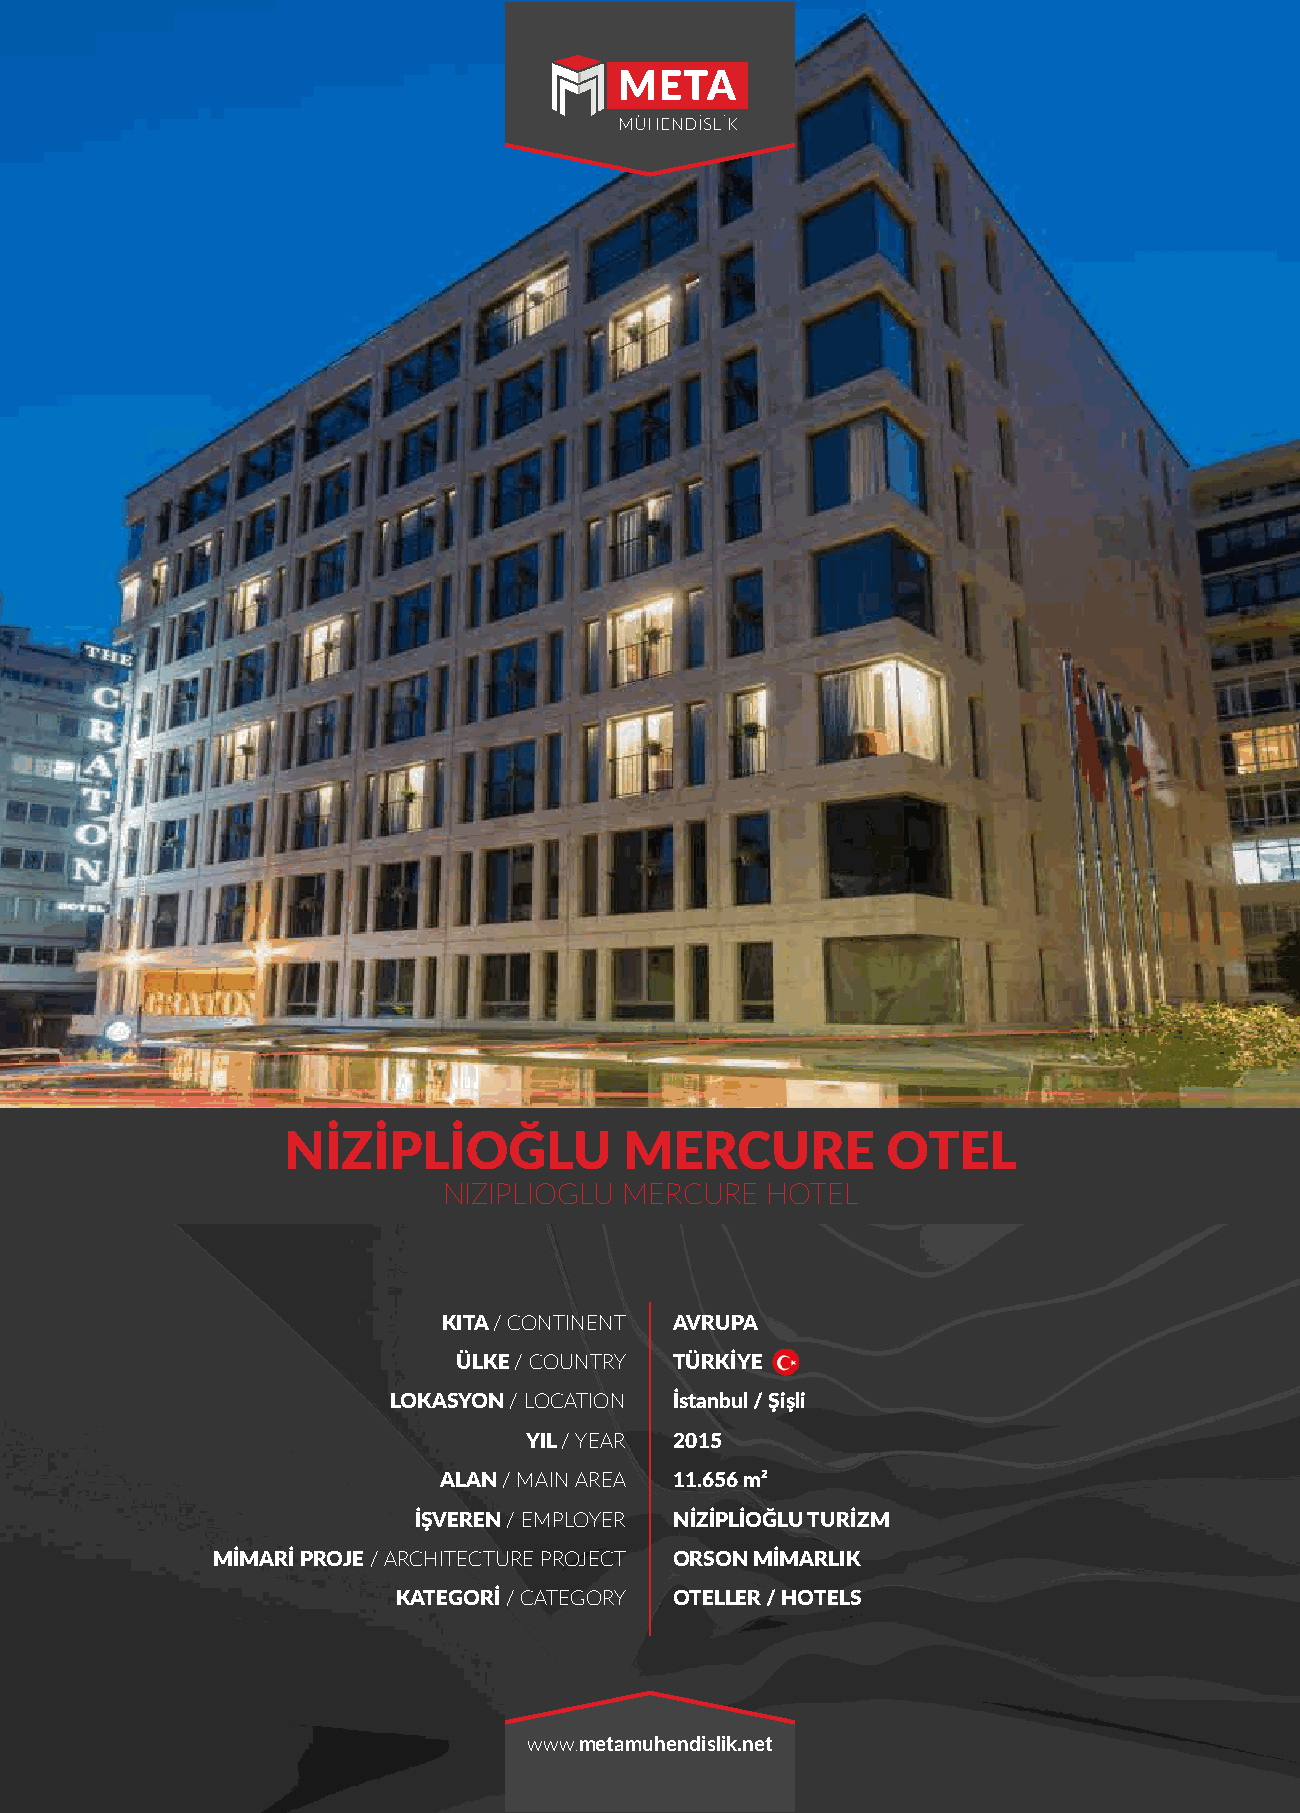
NİZİPLİOĞLU           MERCURE           OTEL
 NIZIPLIOGLU MERCURE   HOTEL
 KITA / CONTINENT AVRUPA
 ÜLKE / COUNTRY TÜRKİYE
 LOKASYON / LOCATION İstanbul / Şişli
 YIL / YEAR 2015
 ALAN / MAIN AREA 11.656 m²
 İŞVEREN / EMPLOYER NİZİPLİOĞLU TURİZM
 MİMARİ PROJE / ARCHITECTURE PROJECT ORSON MİMARLIK
 KATEGORİ / CATEGORY OTELLER / HOTELS
 www.metamuhendislik.net